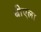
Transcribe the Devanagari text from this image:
बीएला